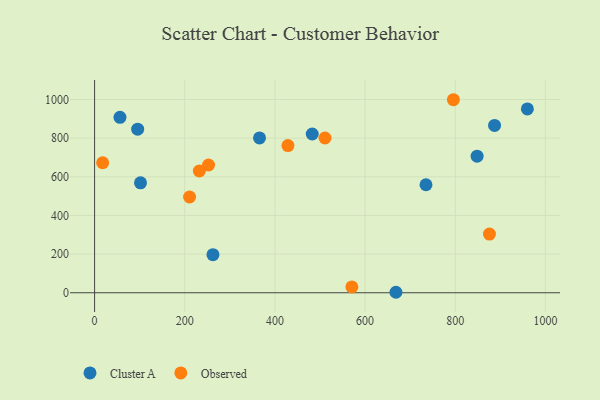
{"axis": {"x": "Engine Size", "y": "Yield"}, "legend": ["Cluster A", "Observed"], "data": [{"x": "365.8", "y": 801.2, "type": "Cluster A"}, {"x": "95.5", "y": 846.2, "type": "Cluster A"}, {"x": "848.4", "y": 706.5, "type": "Cluster A"}, {"x": "887.1", "y": 865.6, "type": "Cluster A"}, {"x": "56.3", "y": 907.6, "type": "Cluster A"}, {"x": "482.7", "y": 821.4, "type": "Cluster A"}, {"x": "262.5", "y": 197.0, "type": "Cluster A"}, {"x": "668.4", "y": 2.5, "type": "Cluster A"}, {"x": "735.0", "y": 558.9, "type": "Cluster A"}, {"x": "101.8", "y": 568.8, "type": "Cluster A"}, {"x": "959.9", "y": 951.1, "type": "Cluster A"}, {"x": "210.7", "y": 495.4, "type": "Observed"}, {"x": "232.3", "y": 630.1, "type": "Observed"}, {"x": "570.6", "y": 30.2, "type": "Observed"}, {"x": "252.7", "y": 661.0, "type": "Observed"}, {"x": "795.8", "y": 998.8, "type": "Observed"}, {"x": "511.0", "y": 800.8, "type": "Observed"}, {"x": "17.8", "y": 672.7, "type": "Observed"}, {"x": "875.8", "y": 303.4, "type": "Observed"}, {"x": "428.8", "y": 761.6, "type": "Observed"}]}